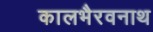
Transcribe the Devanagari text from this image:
कालभैरवनाथ